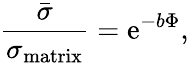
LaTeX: \frac{\bar{\sigma}}{\sigma_{\textup{matrix}}}=\textup{e}^{-b\Phi},